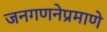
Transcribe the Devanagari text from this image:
जनगणनेप्रमाणे